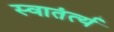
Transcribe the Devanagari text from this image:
स्वातंर्त्य